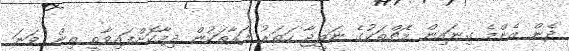
ދެން އެންމެ ގިނައިން މެޗްތަކުގެ ނަތީޖާ ހަތަރު ފަރާތަކުން ދިމާކޮށްފައިވާތީ ތިން ވަނަ